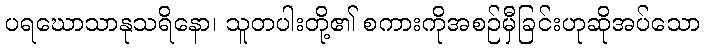
ပရဃောသာနုသရိနော၊ သူတပါးတို့၏ စကားကိုအစဉ်မှီခြင်းဟုဆိုအပ်သော